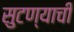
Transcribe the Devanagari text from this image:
सुटण्याची